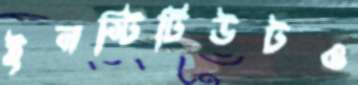
ইনস্টিটিউটও